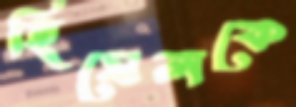
হিমেলকে